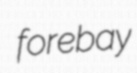
forebay